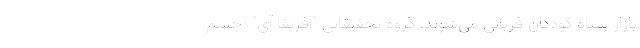
بازار سیاه کودکان قربانی می‌شوند. گروه تحقیقاتی "آفریقا آی" (چشم